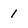
Character: 1